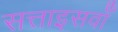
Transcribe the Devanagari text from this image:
सत्ताइसवाँ